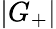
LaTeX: |G_{+}|